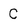
Character: C